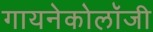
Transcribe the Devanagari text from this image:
गायनेकोलॉजी